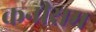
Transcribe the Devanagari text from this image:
कनीराम